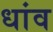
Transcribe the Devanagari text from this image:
धांव